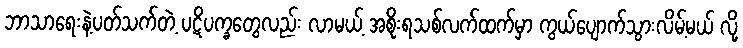
ဘာသာရေးနဲ့ပတ်သက်တဲ့ ပဋိပက္ခတွေလည်း လာမယ့် အစိုးရသစ်လက်ထက်မှာ ကွယ်ပျောက်သွားလိမ့်မယ် လို့